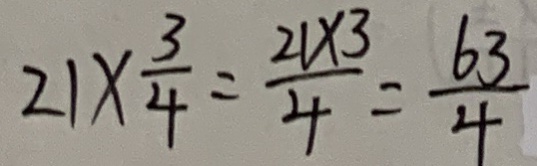
2 1 \times \frac { 3 } { 4 } = \frac { 2 1 \times 3 } { 4 } = \frac { 6 3 } { 4 }